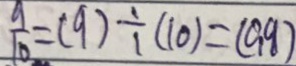
\frac { 9 } { 1 0 } = ( 9 ) \div ( 1 0 ) = ( 0 . 9 )